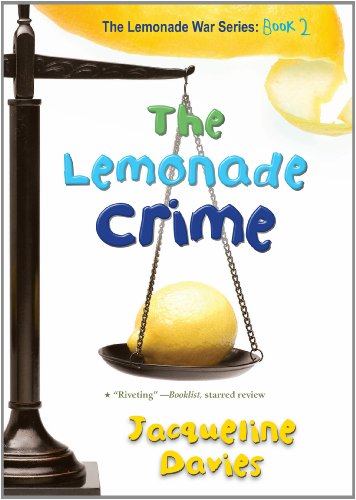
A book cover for The Lemonade Crime (The Lemonade War Series); Jacqueline Davies; Children's Books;